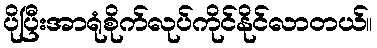
ပိုပြီးအာရုံစိုက်လုပ်ကိုင်နိုင်လာတယ်။